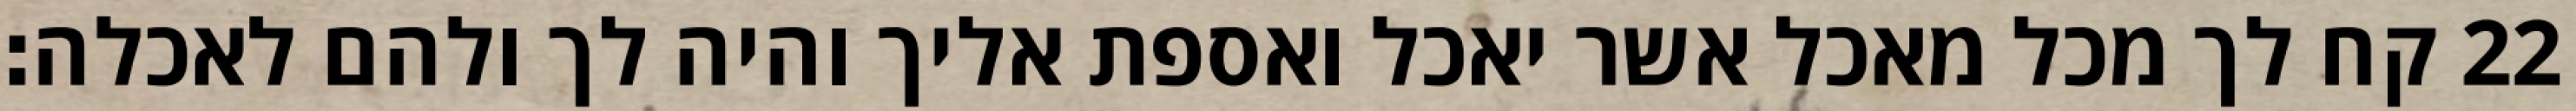
קח לך מכל מאכל אשר יאכל ואספת אליך והיה לך ולהם לאכלה׃ ‎22‏